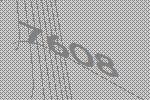
7608